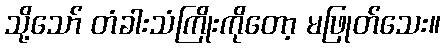
သို့သော် တံခါးသံကြိုးကိုတော့ မဖြုတ်သေး။